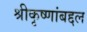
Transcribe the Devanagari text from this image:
श्रीकृष्णांबद्दल